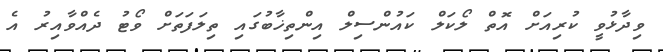
ވިދާޅުވީ ކުރިއަށް އޮތް ލޯކަލް ކައުންސިލް އިންތިޚާބުގައި ތިލަފަތަށް ވޯޓު ދެއްވާއިރު އެ